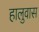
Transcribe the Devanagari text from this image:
हालुवास